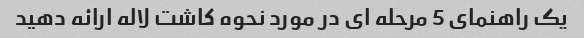
یک راهنمای 5 مرحله ای در مورد نحوه کاشت لاله ارائه دهید